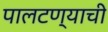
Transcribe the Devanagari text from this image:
पालटण्याची